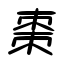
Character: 棗